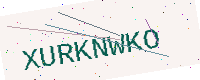
Text: XURKNWKO